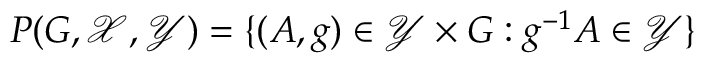
P ( G , { \mathcal { X } } , { \mathcal { Y } } ) = \{ ( A , g ) \in { \mathcal { Y } } \times G : g ^ { - 1 } A \in { \mathcal { Y } } \}